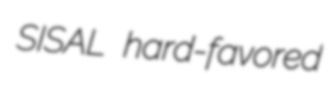
SISAL hard-favored